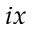
i x